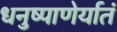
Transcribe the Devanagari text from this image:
धनुष्पाणेर्यातं